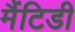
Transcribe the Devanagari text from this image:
मैंटिडी